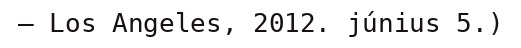
– Los Angeles, 2012. június 5.)